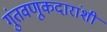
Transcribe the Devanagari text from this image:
गुंतवणूकदारांशी